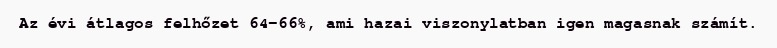
Az évi átlagos felhőzet 64-66%, ami hazai viszonylatban igen magasnak számít.